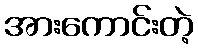
အားကောင်းတဲ့